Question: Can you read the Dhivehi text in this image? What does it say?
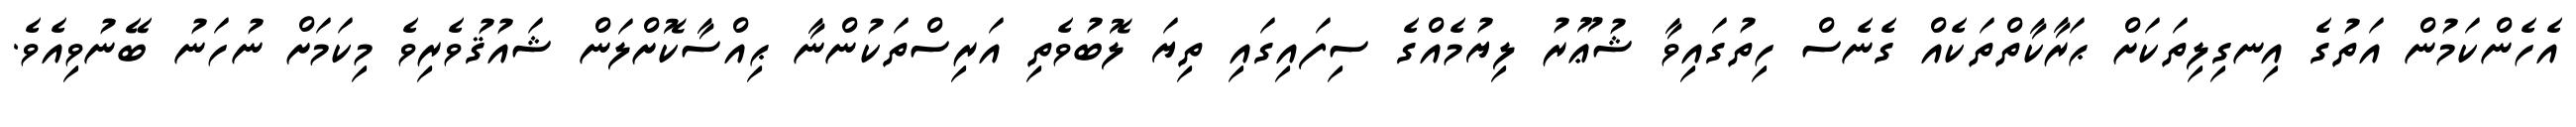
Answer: އެހެންކަމުން އަތުގެ އިނގިލިތަކަށް ޙަރާކާތްތަކެއް ގެނެސް ހިތުގައިވާ ޝުޢޫރު ލިޔުމެއްގެ ސިފައިގައި ތިޔަ ލޮބުވެތި އަރިސްތަކުންނާ ޙިއްސާކޮށްލަން ޝައުޤުވެރިވެ މިކަމަށް ނުހަނު ބޭނުވިއެވެ.